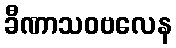
ခီဏာသဝဗလေန